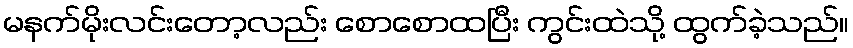
မနက်မိုးလင်းတော့လည်း စောစောထပြီး ကွင်းထဲသို့ ထွက်ခဲ့သည်။